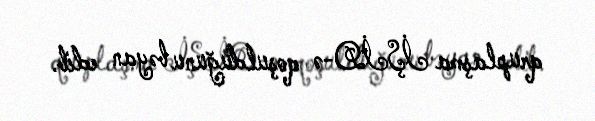
qruplaşma İŞİD-ə qoşulduğunu bəyan edib.